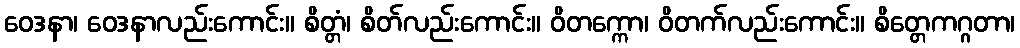
ဝေဒနာ၊ ဝေဒနာလည်းကောင်း။ စိတ္တံ၊ စိတ်လည်းကောင်း။ ဝိတက္ကော၊ ဝိတက်လည်းကောင်း။ စိတ္တေကဂ္ဂတာ၊